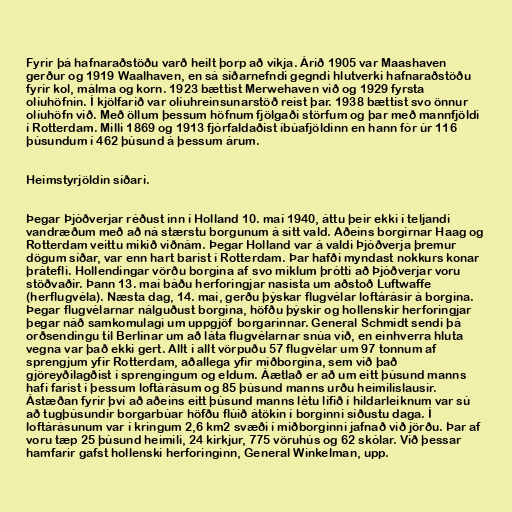
Fyrir þá hafnaraðstöðu varð heilt þorp að víkja. Árið 1905 var Maashaven
gerður og 1919 Waalhaven, en sá síðarnefndi gegndi hlutverki hafnaraðstöðu
fyrir kol, málma og korn. 1923 bættist Merwehaven við og 1929 fyrsta
olíuhöfnin. Í kjölfarið var olíuhreinsunarstöð reist þar. 1938 bættist svo önnur
olíuhöfn við. Með öllum þessum höfnum fjölgaði störfum og þar með mannfjöldi
í Rotterdam. Milli 1869 og 1913 fjórfaldaðist íbúafjöldinn en hann fór úr 116
þúsundum í 462 þúsund á þessum árum.

Heimstyrjöldin síðari.

Þegar Þjóðverjar réðust inn í Holland 10. maí 1940, áttu þeir ekki í teljandi
vandræðum með að ná stærstu borgunum á sitt vald. Aðeins borgirnar Haag og
Rotterdam veittu mikið viðnám. Þegar Holland var á valdi Þjóðverja þremur
dögum síðar, var enn hart barist í Rotterdam. Þar hafði myndast nokkurs konar
þrátefli. Hollendingar vörðu borgina af svo miklum þrótti að Þjóðverjar voru
stöðvaðir. Þann 13. maí báðu herforingjar nasista um aðstoð Luftwaffe
(herflugvéla). Næsta dag, 14. maí, gerðu þýskar flugvélar loftárásir á borgina.
Þegar flugvélarnar nálguðust borgina, höfðu þýskir og hollenskir herforingjar
þegar náð samkomulagi um uppgjöf borgarinnar. General Schmidt sendi þá
orðsendingu til Berlínar um að láta flugvélarnar snúa við, en einhverra hluta
vegna var það ekki gert. Allt í allt vörpuðu 57 flugvélar um 97 tonnum af
sprengjum yfir Rotterdam, aðallega yfir miðborgina, sem við það
gjöreyðilagðist í sprengingum og eldum. Áætlað er að um eitt þúsund manns
hafi farist í þessum loftárásum og 85 þúsund manns urðu heimilislausir.
Ástæðan fyrir því að aðeins eitt þúsund manns létu lífið í hildarleiknum var sú
að tugþúsundir borgarbúar höfðu flúið átökin í borginni síðustu daga. Í
loftárásunum var í kringum 2,6 km2 svæði í miðborginni jafnað við jörðu. Þar af
voru tæp 25 þúsund heimili, 24 kirkjur, 775 vöruhús og 62 skólar. Við þessar
hamfarir gafst hollenski herforinginn, General Winkelman, upp.